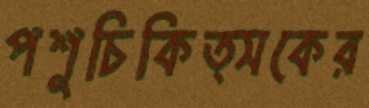
পশুচিকিত্সকের